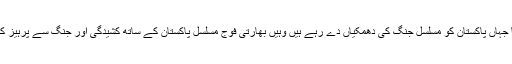
بھارت کی حکومت اور میڈیا جہاں پاکستان کو مسلسل جنگ کی دھمکیاں دے رہے ہیں وہیں بھارتی فوج مسلسل پاکستان کے ساتھ کشیدگی اور جنگ سے پرہیز کرنے کا مشورہ دے رہی ہے۔